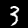
Label: 3